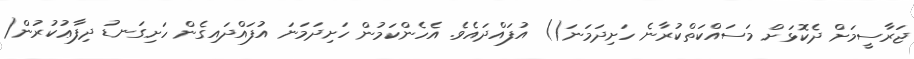
ޖަރާސީމަށް ދެކޮޅަށް މަސައްކަތްކުރާނެ ހަށިދަމަނަ() އުފައްދައެވެ. އެހެންކަމުން ހަށިދަމަނަ އުފައްދައިގެން ހަށިގަނޑު ދިފާޢުކުރުން(